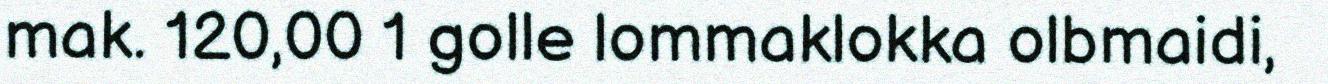
mak. 120,00 1 golle lommaklokka olbmaidi,